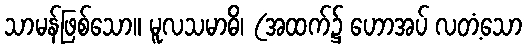
သာမန်ဖြစ်သော။ မူလသမာဓိ၊ (အထက်၌ ဟောအပ် လတံ့သော